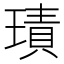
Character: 𱯝